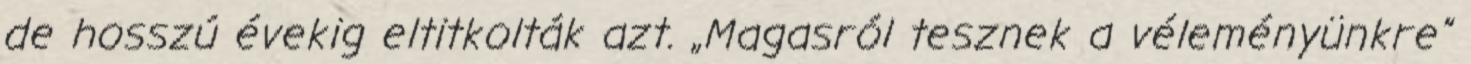
de hosszú évekig eltitkolták azt. „Magasról tesznek a véleményünkre”